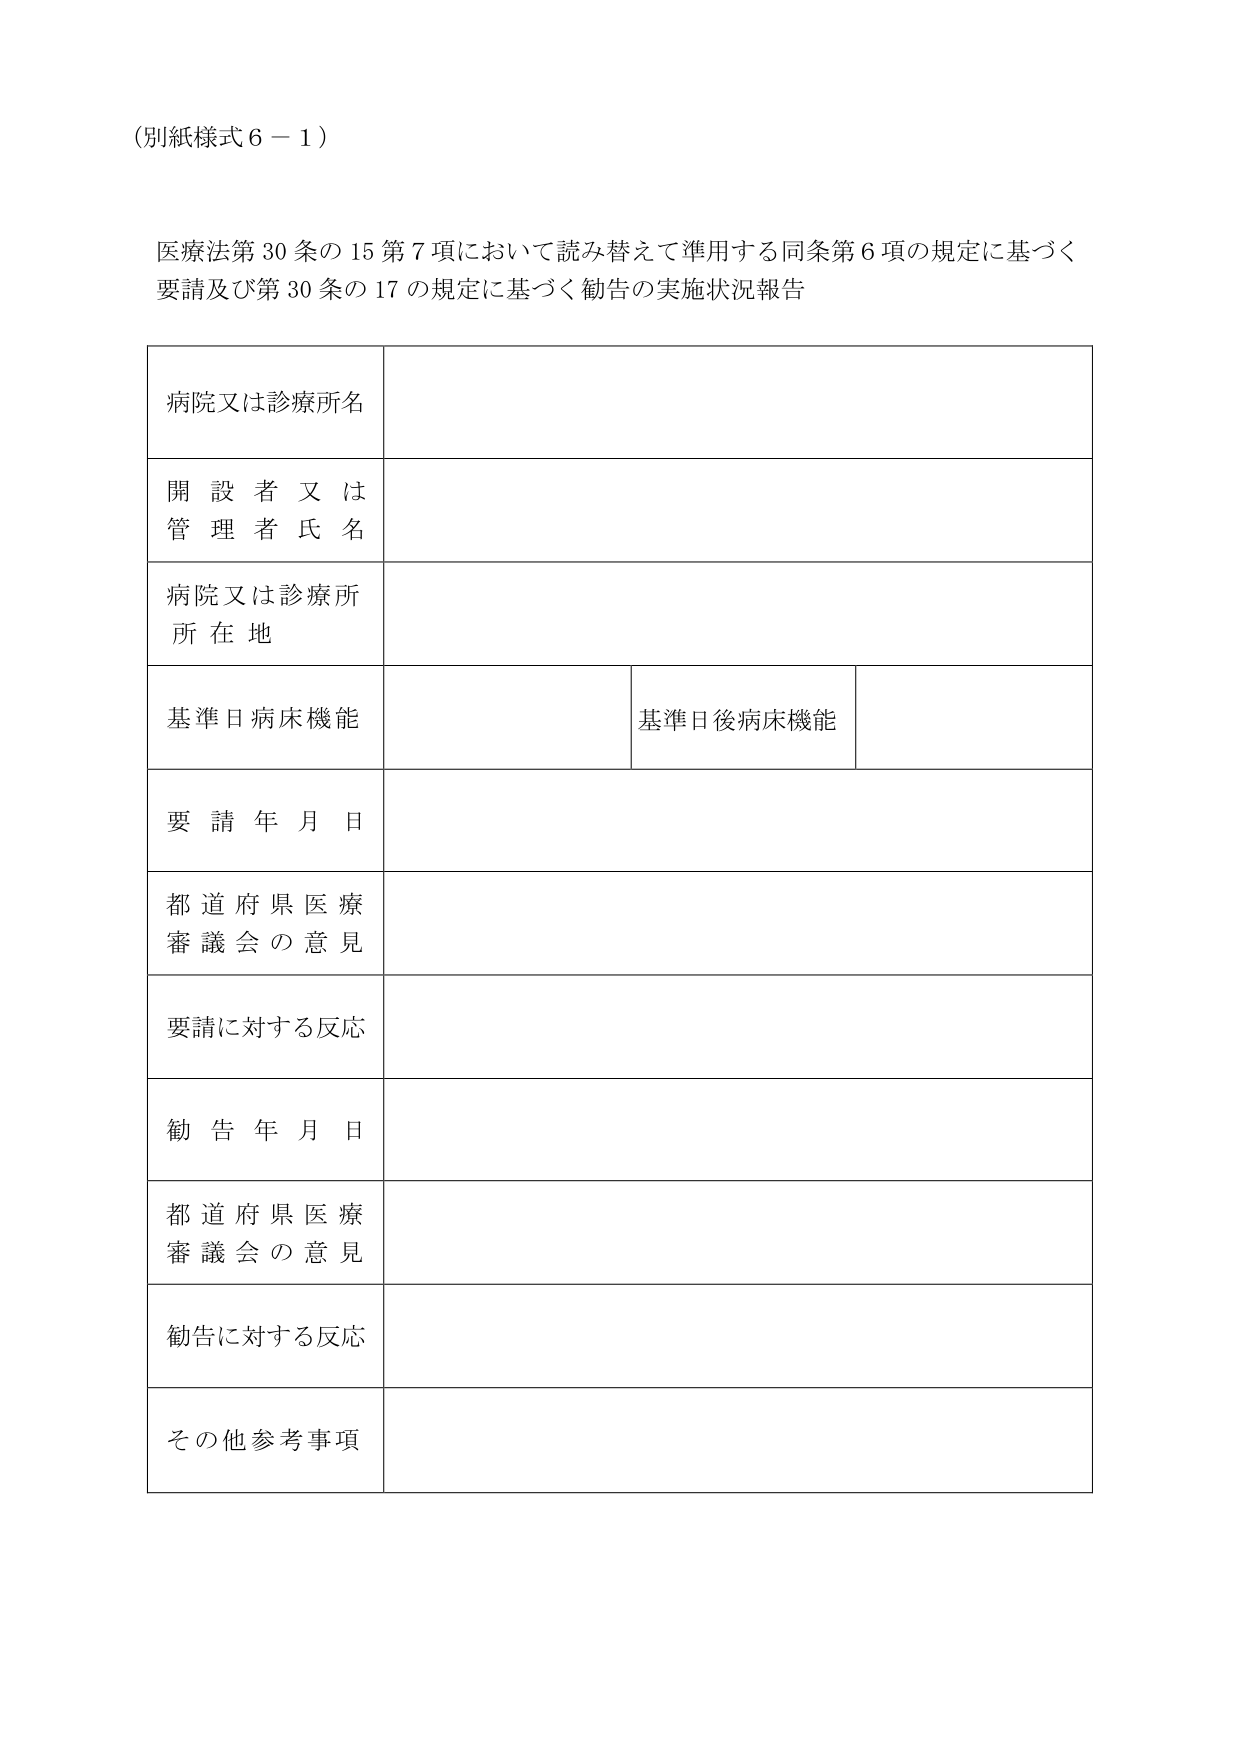
（別紙様式６－１）

医療法第30条の15第7項において読み替えて準用する同条第6項の規定に基づく
要請及び第30条の17の規定に基づく勧告の実施状況報告

病院又は診療所名

開設者又は
管理者氏名

病院又は診療所
所在地

基準日病床機能
基準日後病床機能

要請年月日

都道府県医療
審議会の意見

要請に対する反応

勧告年月日

都道府県医療
審議会の意見

勧告に対する反応

その他参考事項